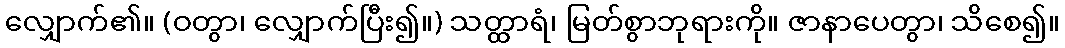
လျှောက်၏။ (ဝတွာ၊ လျှောက်ပြီး၍။) သတ္ထာရံ၊ မြတ်စွာဘုရားကို။ ဇာနာပေတွာ၊ သိစေ၍။